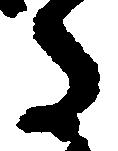
た